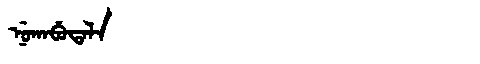
Manchu: ᠨᡠᡴᠠᠪᡠᡨᠠᠯᠠ
Romanization: NUKABUTALA